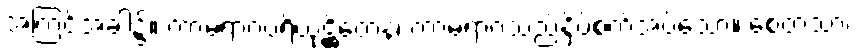
အကြင်အခါ၌။ ကာမရာဂပရိယုဋ္ဌိတေန၊ ကာမရာဂသည်နှိပ်စက်အပ်သော။ စေတသာ၊